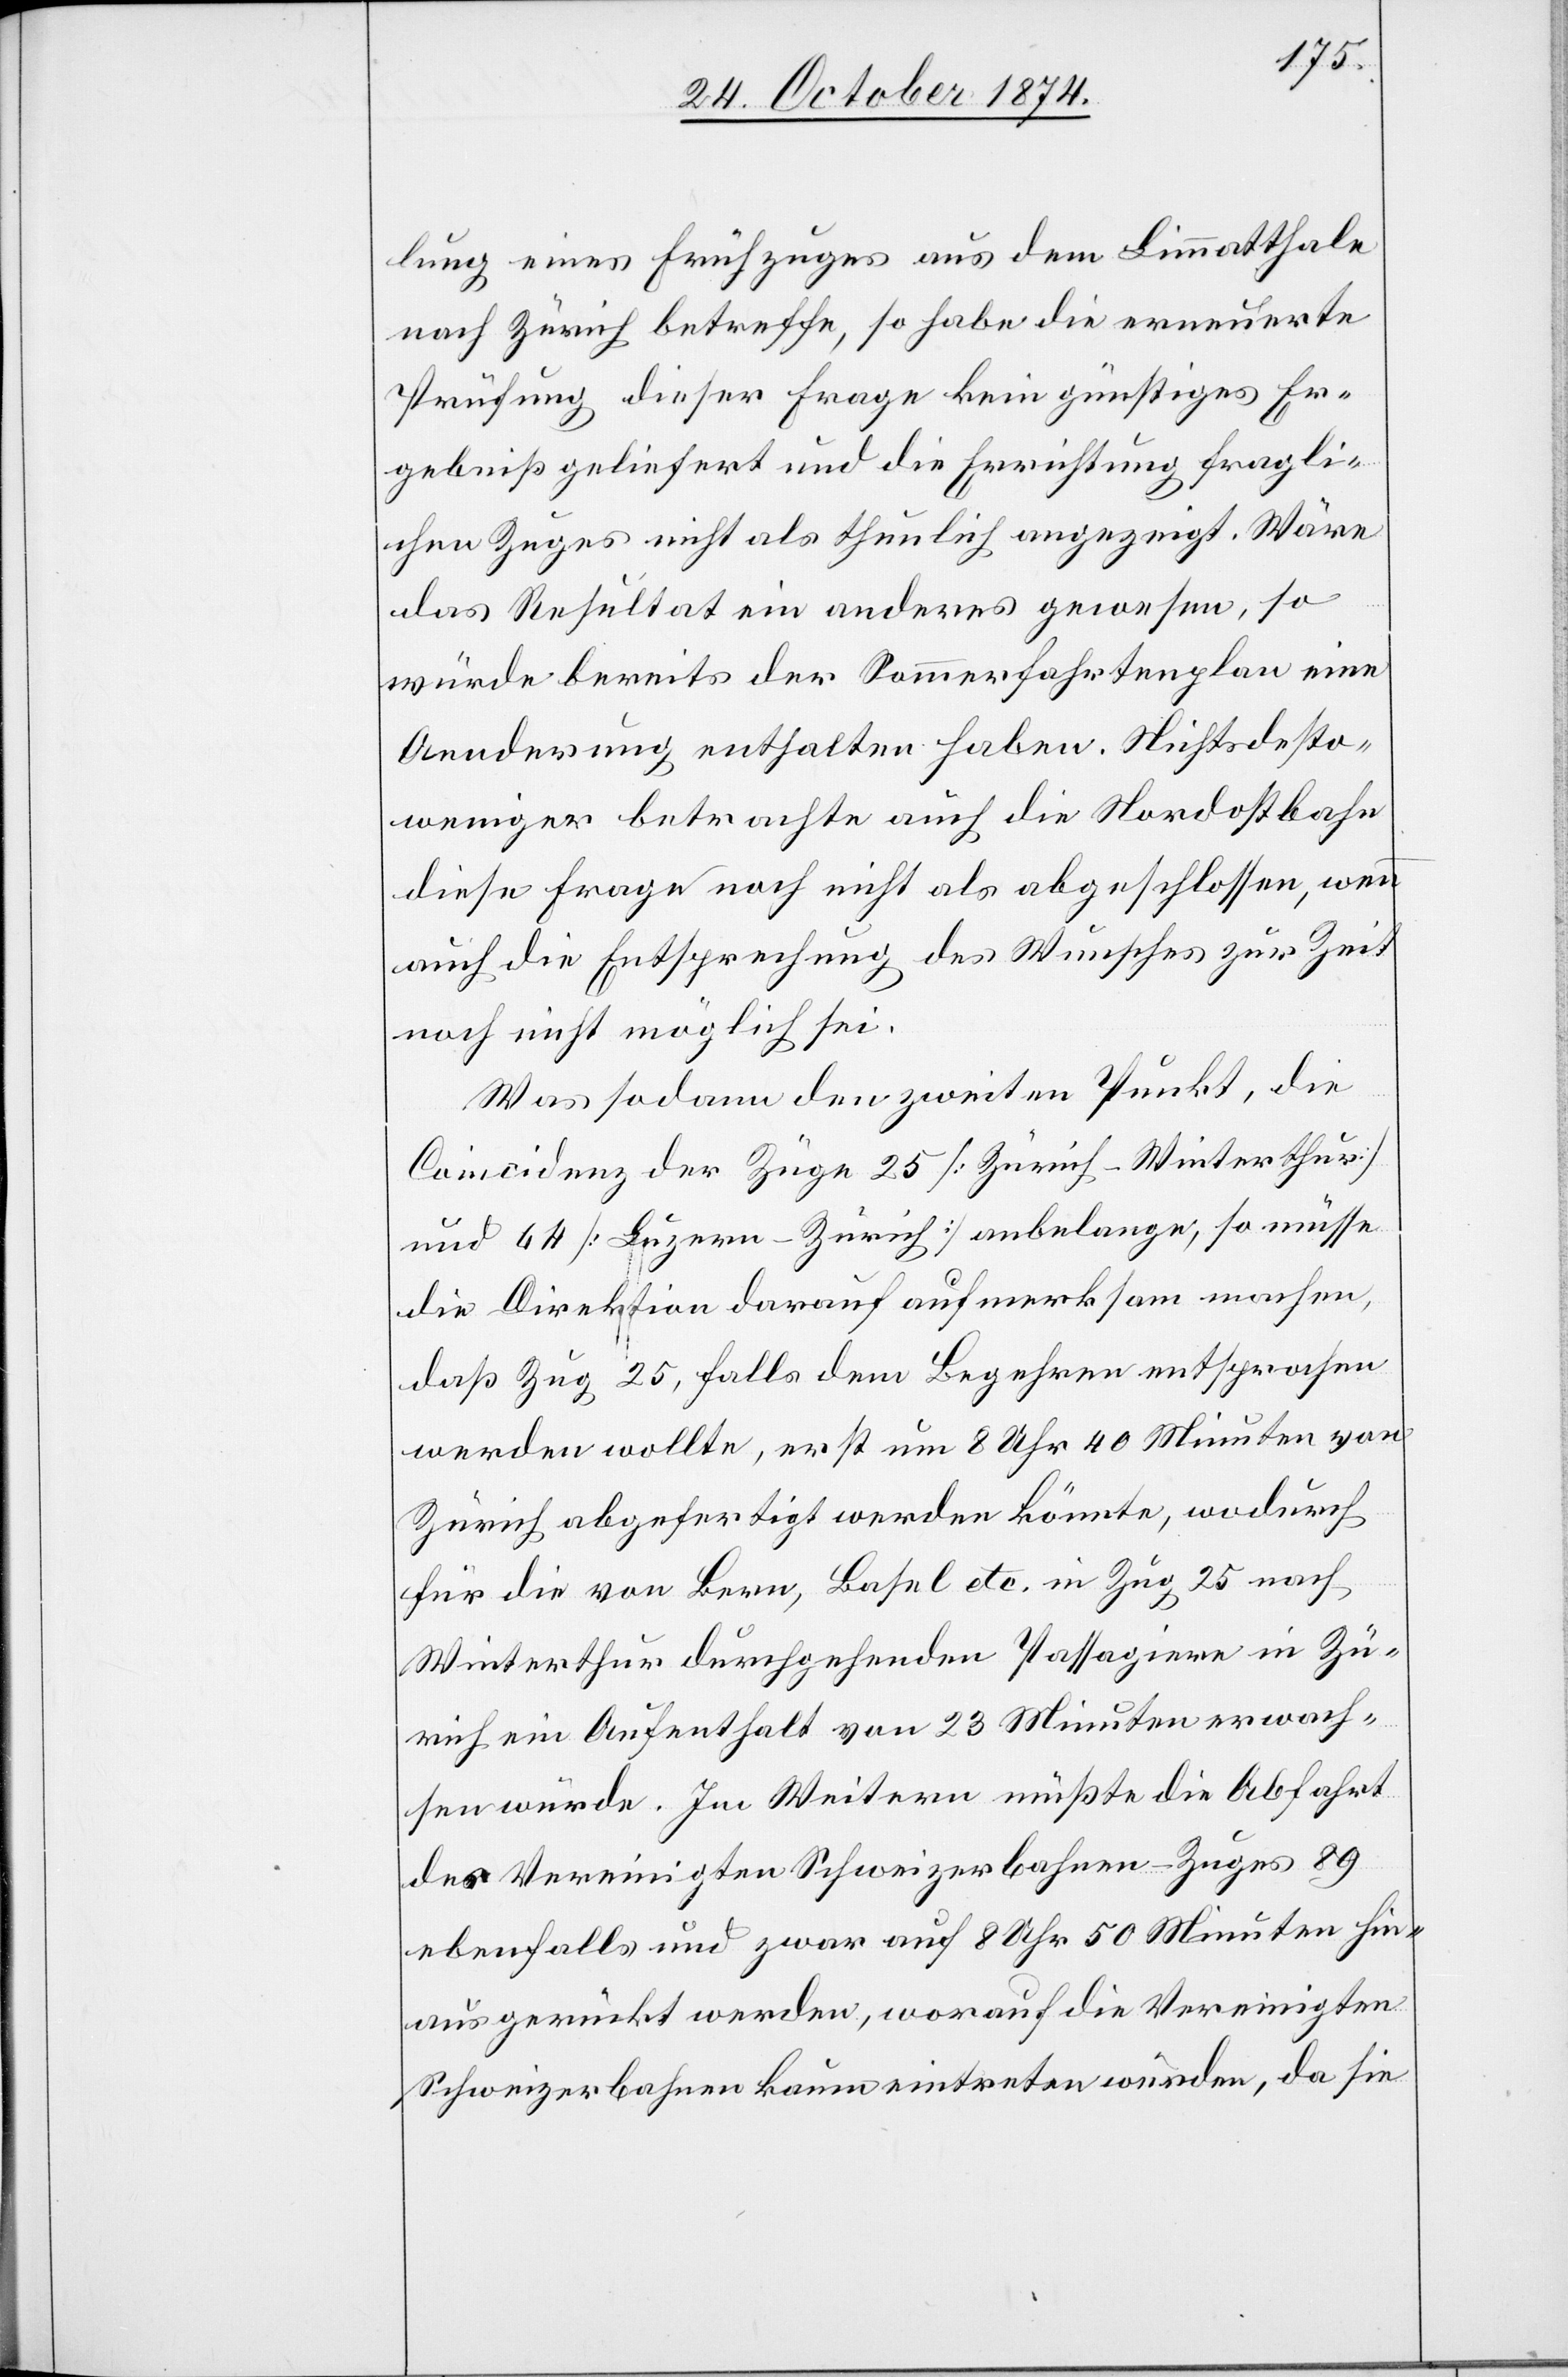
lung eines Frühzuges aus dem Limmatthale
nach Zürich betreffe, so habe die erneuerte
Prüfung dieser Frage kein günstiges Er¬
gebniß geliefert und die Errichtung fragli¬
chen Zuges nicht als thunlich angezeigt. Wäre
das Resultat ein anderes gewesen, so
würde bereits der Sommerfahrtenplan eine
Aenderung enthalten haben. Nichtsdesto¬
weniger betrachte auch die Nordostbahn
diese Frage noch nicht als abgeschlossen, wenn
auch die Entsprechung des Wunsches zur Zeit
noch nicht möglich sei.
Was sodann den zweiten Punkt, die
Coincidenz der Züge 25 [Zürich–Winterthur]
und 46 [Luzern–Zürich] anbelange, so müsse
die Direktion darauf aufmerksam machen,
daß Zug 25, falls dem Begehren entsprochen
werden wollte, erst um 8 Uhr 40 Minuten von
Zürich abgefertigt werden könnte, wodurch
für die von Bern, Basel etc. in Zug 25 nach
Winterthur durchgehenden Passagiere in Zü¬
rich ein Aufenthalt von 23 Minuten erwach¬
sen würde. Im Weitern müßte die Abfahrt
des Vereinigten Schweizerbahnen-Zuges 89
ebenfalls und zwar auf 8 Uhr 50 Minuten hin¬
ausgerückt werden, worauf die Vereinigten
Schweizerbahnen kaum eintreten würden, da sie